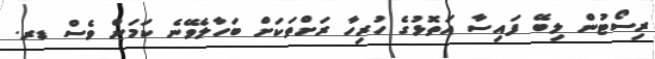
ރިސޯޓުން ލިބޭ ފައިސާ އަތޮޅުގެ ހުރިހާ ރަށްތަކަށް ބަހާލެވޭނެ ކަމަށް ވެސް ޑރ.